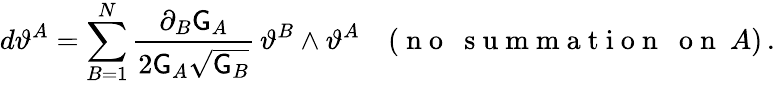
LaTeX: d\vartheta^{A}=\sum_{B=1}^{N}\frac{\partial_{B}\mathsf{G}_{A}}{2\mathsf{G}_{A}\sqrt{\mathsf{G}_{B}}}\, \vartheta^{B}\wedge\vartheta^{A}\quad(\mathrm{~n~o~~~s~u~m~m~a~t~i~o~n~~~o~n~}~A)\, .